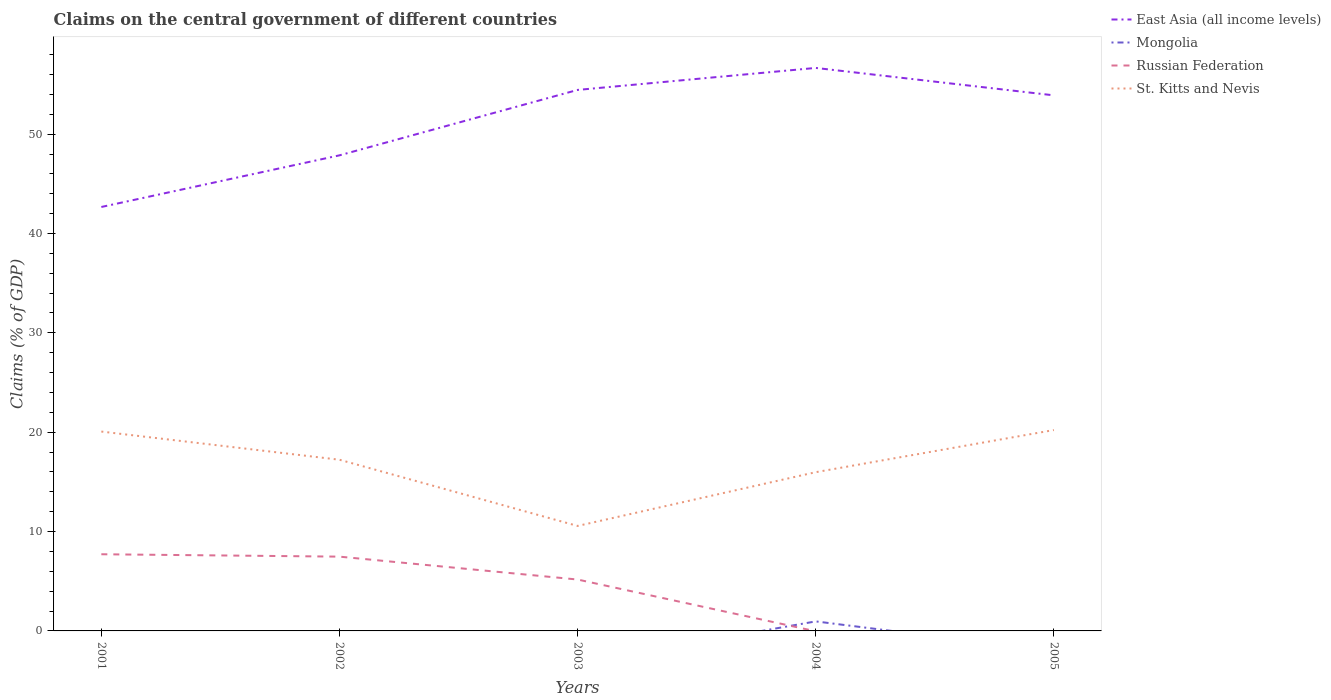
| Years | East Asia (all income levels) | Mongolia | Russian Federation | St. Kitts and Nevis |
 | --- | --- | --- | --- | --- |
 | 2001 | 42.7 | -0.153 | 7.72 | 20.1 |
 | 2002 | 47.9 | -1.93 | 7.48 | 17.2 |
 | 2003 | 54.5 | -3.28 | 5.17 | 10.6 |
 | 2004 | 56.7 | 0.959 | -0.037 | 16 |
 | 2005 | 53.9 | -2.04 | -6.44 | 20.2 |